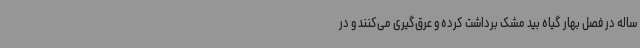
ساله در فصل بهار گیاه بید مشک برداشت کرده و عرق‌گیری می‌کنند و در